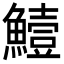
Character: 𩻭